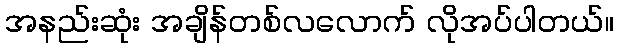
အနည်းဆုံး အချိန်တစ်လလောက် လိုအပ်ပါတယ်။